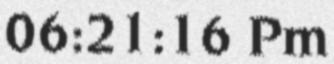
06:21:16 Pm